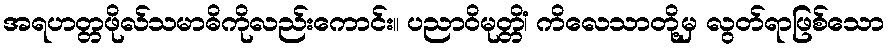
အရဟတ္တဖိုလ်သမာဓိကိုလည်းကောင်း။ ပညာဝိမုတ္တိံ၊ ကိလေသာတို့မှ လွတ်ရာဖြစ်သော